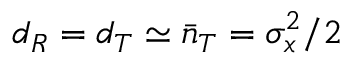
d _ { R } = d _ { T } \simeq \bar { n } _ { T } = \sigma _ { x } ^ { 2 } / 2